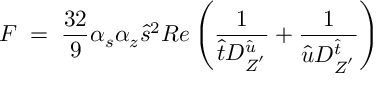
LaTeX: F \; = \; \frac { 3 2 } { 9 } \alpha _ { s } \alpha _ { z } \hat { s } ^ { 2 } R e \left( \frac { 1 } { \hat { t } D _ { Z ^ { ' } } ^ { \hat { u } } } + \frac { 1 } { \hat { u } D _ { Z ^ { ' } } ^ { \hat { t } } } \right)